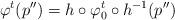
LaTeX: \begin{align*}\varphi^{t}(p'')=h\circ\varphi_{0}^{t}\circ h^{-1}(p'')\end{align*}